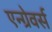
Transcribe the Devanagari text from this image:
एन्ग्रेवर्स